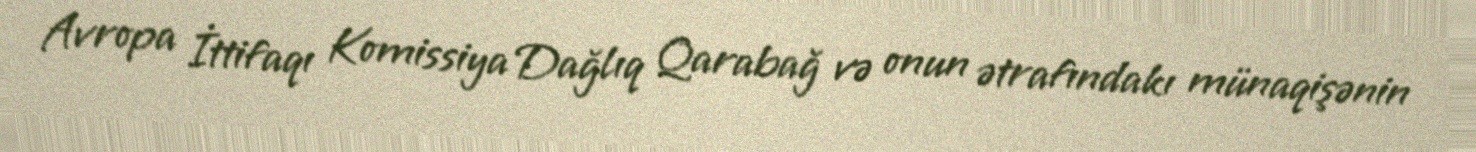
Avropa İttifaqı Komissiya Dağlıq Qarabağ və onun ətrafındakı münaqişənin